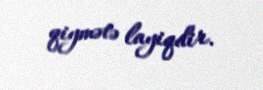
qiymətə layiqdir.